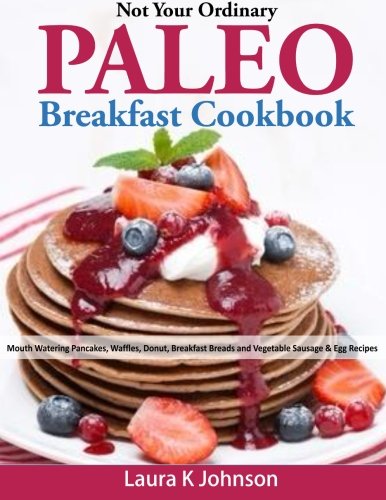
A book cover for Not Your Ordinary Paleo Breakfast Cookbook: Mouth Watering Pancakes, Waffles, Donut, Breakfast Breads and Vegetable Sausage & Egg Recipes; Laura K Johnson; Cookbooks, Food & Wine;